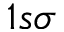
1 s \sigma